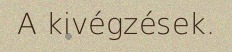
A kivégzések.